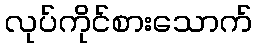
လုပ်ကိုင်စားသောက်